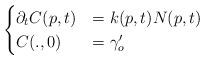
LaTeX: \begin{align*}\begin{cases}\partial_t C(p,t)&=k(p,t)N(p,t)\\ C(.,0)&=\gamma_o' \end{cases}\end{align*}